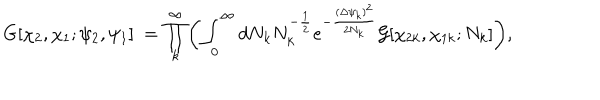
G [ \chi _ { 2 } , \chi _ { 1 } ; \psi _ { 2 } , \psi _ { 1 } ] ~ = \prod _ { k } ^ { \infty } \biggl ( \int _ { 0 } ^ { \infty } d N _ { k } N _ { k } ^ { - { \frac { 1 } { 2 } } } e ^ { - { \frac { { ( \Delta \psi _ { k } ) } ^ { 2 } } { 2 N _ { k } } } } { \cal G } [ \chi _ { 2 k } , \chi _ { 1 k } ; N _ { k } ] \biggr ) ,